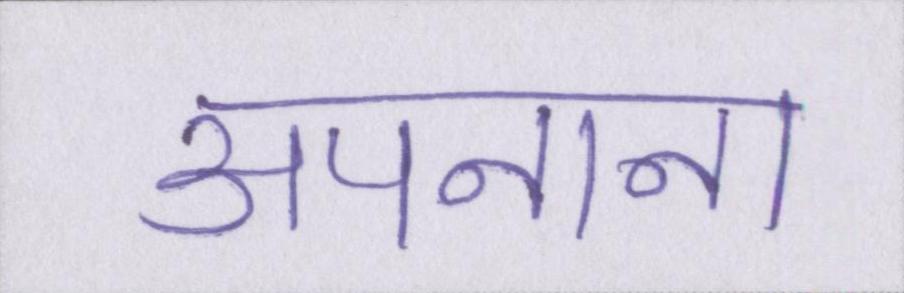
अपनाना